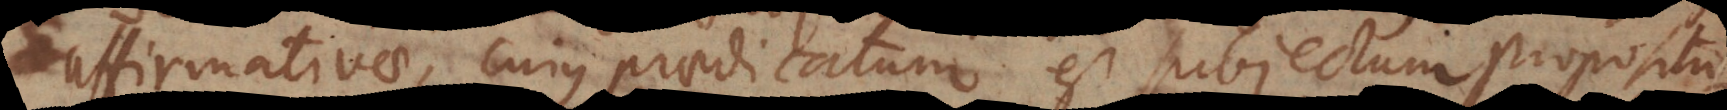
affirmativae, cujus praedicatum est subjectum propositi